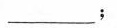
___$$；